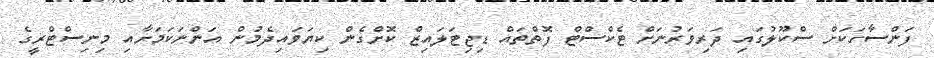
ފަންސާހަކަށް ސްކޫލުގައި ދަރިވަރުނަށް ޓެކްސްޓް ފޮތްތައް ޑިޖިޓަލައިޒް ކޮށްގެން ކިޔަވައިދެމުން އަންނަކަމަށާއި މިނިސްޓްރީގެ